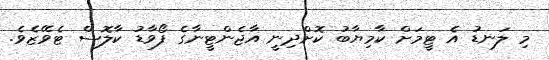
މި ލަނޑު އެ ޓީމަށް ކާމިޔާބު ކޮށްދިނީ އާޖެންޓީނާގެ ފޯވާޑު ކާލޮސް ޓެވޭޒެވެ.